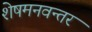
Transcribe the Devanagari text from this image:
शेषमनवन्तर